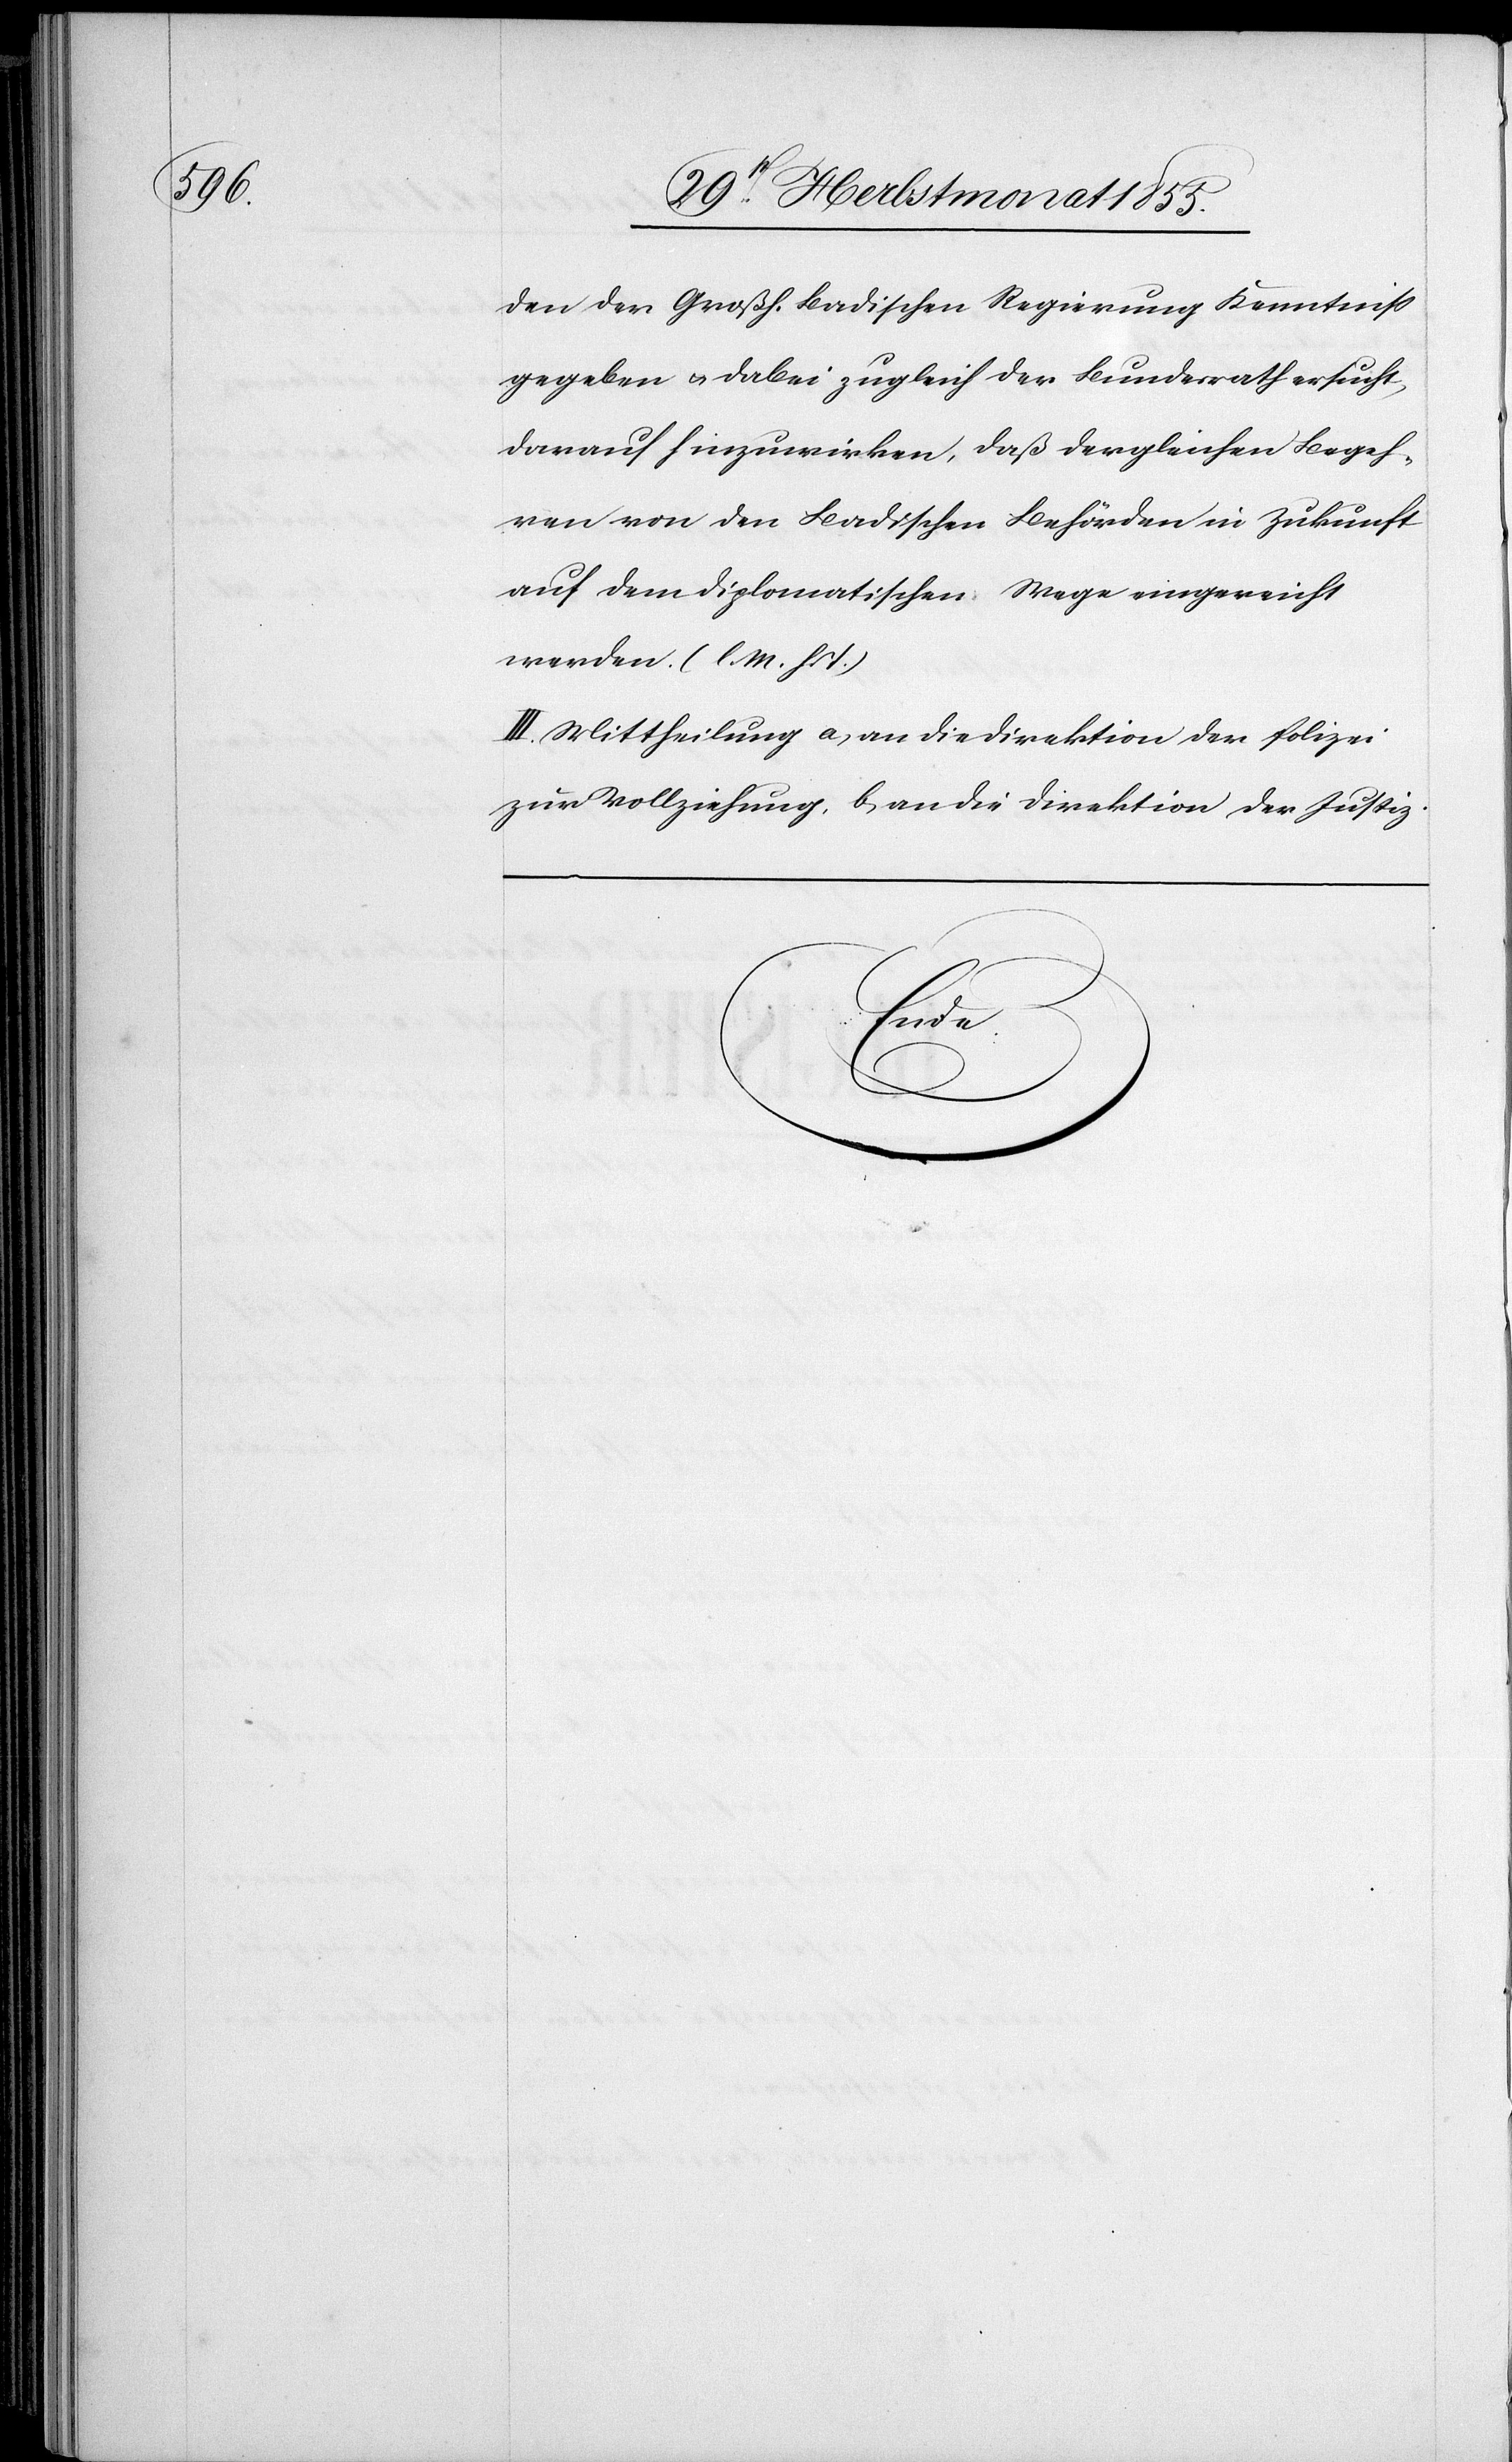
den der Großh. Badischen Regierung Kenntniß
gegeben & dabei zugleich der Bundesrath ersucht,
darauf hinzuwirken, daß dergleichen Begeh¬
ren von den Badischen Behörden in Zukunft
auf dem diplomatischen Wege eingereicht
werden. (l. M. h. T.)
III. Mittheilung a) an die Direktion der Polizei
zur Vollziehung, b) an die Direktion der Justiz.